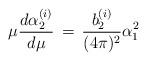
LaTeX: \begin{align*}\mu {d \alpha_{2}^{(i)} \over d \mu} \,=\,{b_{2}^{(i)} \over (4 \pi)^{2}} \alpha_{1}^{2}\end{align*}